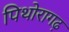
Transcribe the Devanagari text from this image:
पिथोरागढ़